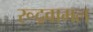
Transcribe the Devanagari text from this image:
रूद्रवामल